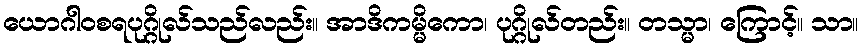
ယောဂါဝစရပုဂ္ဂိုလ်သည်လည်း။ အာဒိကမ္မိကော၊ ပုဂ္ဂိုလ်တည်း။ တသ္မာ၊ ကြောင့်။ သာ။